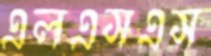
এলএসএস